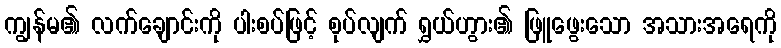
ကျွန်မ၏ လက်ချောင်းကို ပါးစပ်ဖြင့် စုပ်လျက် ရွှယ်ဟွား၏ ဖြူဖွေးသော အသားအရေကို